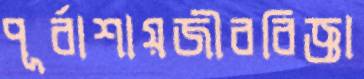
পূর্বাশায়জীববিজ্ঞা